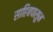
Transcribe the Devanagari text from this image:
साहिबपासून